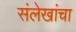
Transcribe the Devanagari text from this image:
संलेखांचा